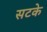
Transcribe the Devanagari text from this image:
सटके